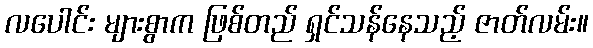
လပေါင်း များစွာက ဖြစ်တည် ရှင်သန်နေသည့် ဇာတ်လမ်း။